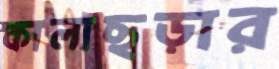
কালাছড়ার